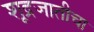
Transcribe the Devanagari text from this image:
शूद्रजातीचा